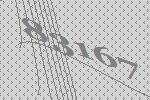
83167